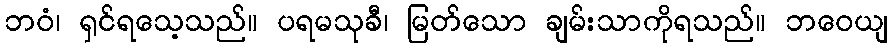
ဘဝံ၊ ရှင်ရသေ့သည်။ ပရမသုခီ၊ မြတ်သော ချမ်းသာကိုရသည်။ ဘဝေယျ